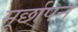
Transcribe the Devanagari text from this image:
मूर्छापन